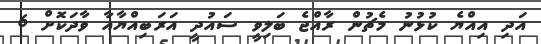
އަދި އިއްޔެ ކުޅުނު މެޗުން ރާއްޖެ ބަލިވީ ސައުދީ އަރަބިއްޔާއާ ވާދަކޮށް 6